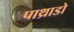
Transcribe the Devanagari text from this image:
पाथ्राडो